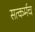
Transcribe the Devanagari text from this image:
सत्कर्मच